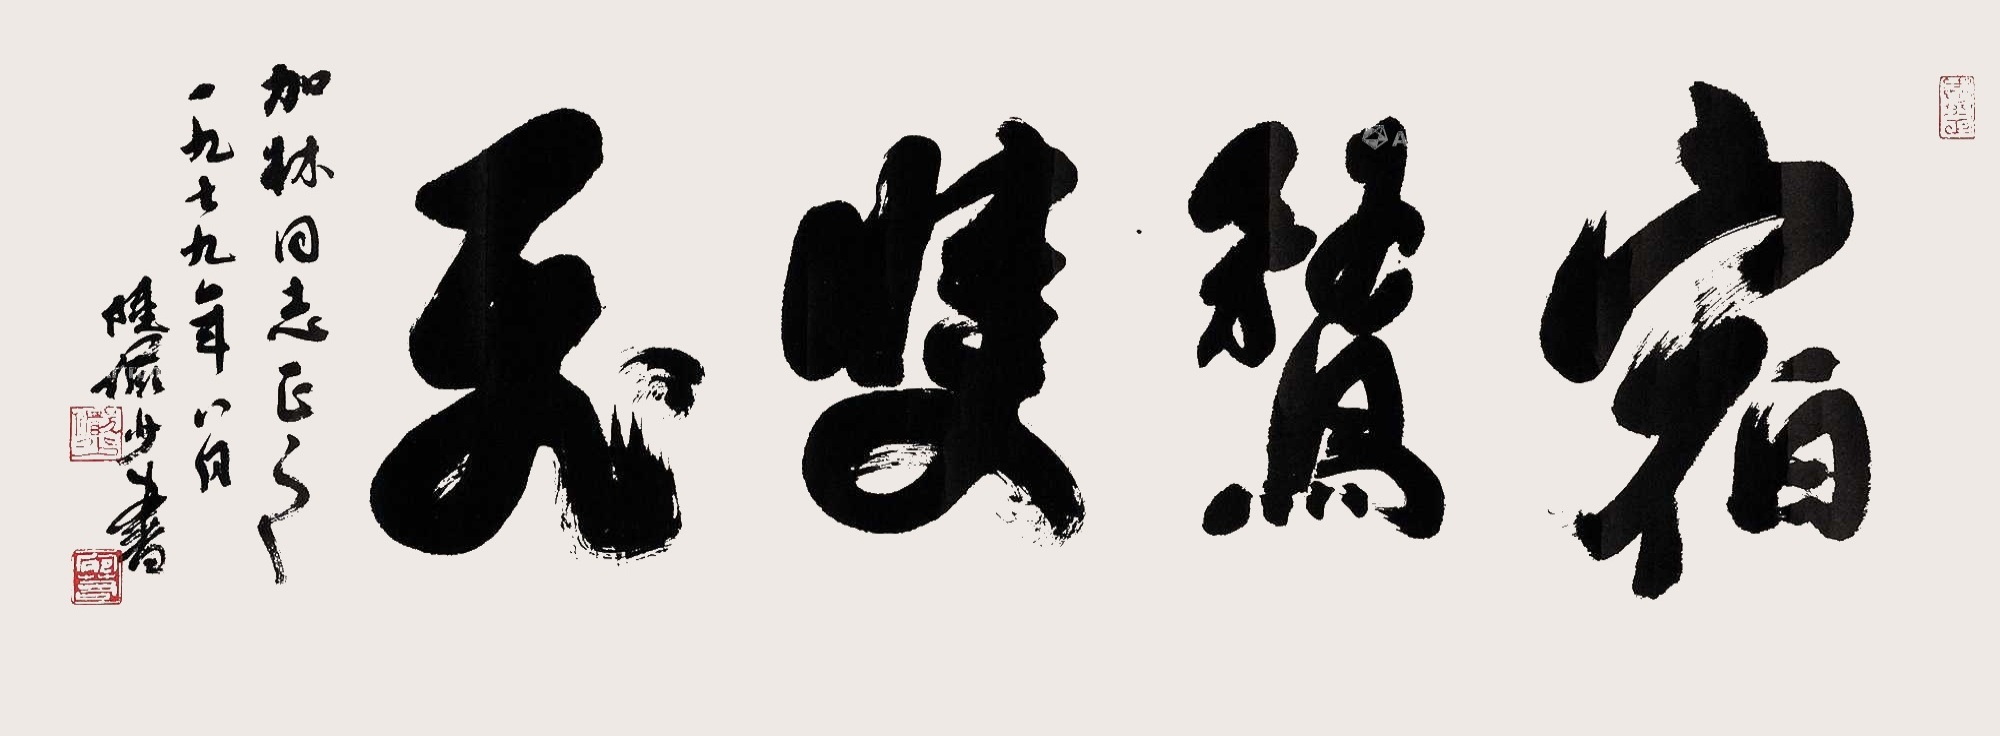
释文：宿骛双飞。加林同志正之，一九七九年八月，陆俨少书。